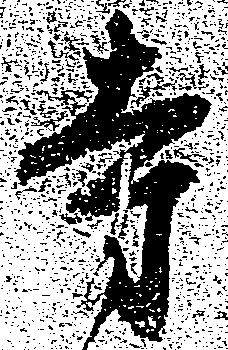
寺